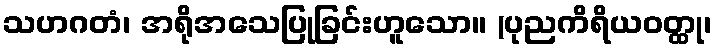
သဟဂတံ၊ အရိုအသေပြုခြင်းဟူသော။ (ပုညကိရိယဝတ္ထု၊